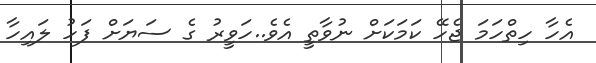
އެހާ ހިތްހަމަ ޖެހޭ ކަމަކަށް ނުވާތީ އެވެ..ހަވީރު ގެ ސަޔަށް ފަހު ލައިހާ